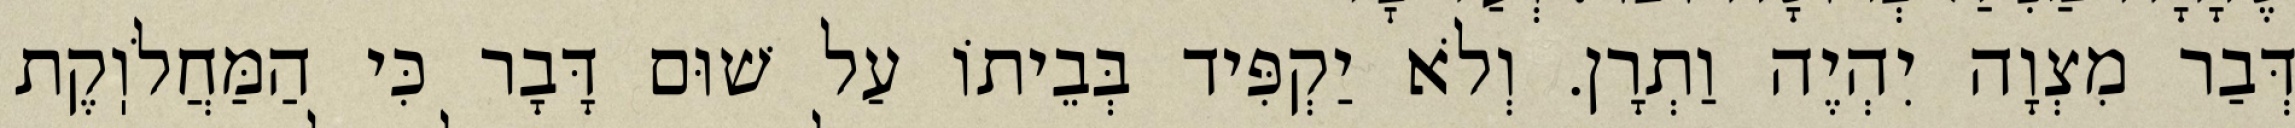
דְּבַר מִצְוָה יִהְיֶה וַתְרָן. וְלֹא יַקְפִּיד בְּבֵיתוֹ עַל שׁוּם דָּבָר כִּי הַמַּחֲלֹוֽקֶת